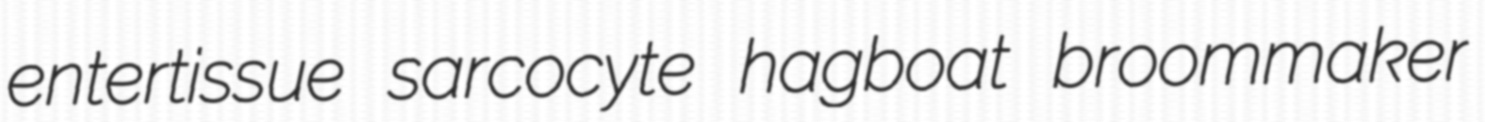
entertissue sarcocyte hagboat broommaker